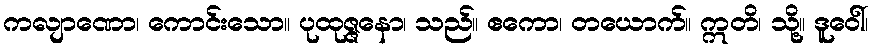
ကလျာဏော၊ ကောင်းသော။ ပုထုဇ္ဇနော၊ သည်။ ဧကော၊ တယောက်။ ဣတိ၊ သို့။ ဒူဝေါ်၊